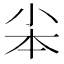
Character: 𡭦